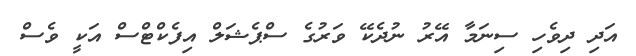
އަދި ދިވެހި ސިނަމާ އޭރު ނުދެކޭ ވަރުގެ ސްޕެޝަލް އިފެކްޓްސް އަކީ ވެސް